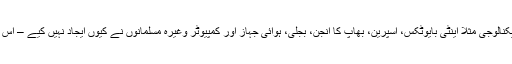
اسی طرح اس بات پر کوئی بحث نہیں ہوتی کہ ٹیکنالوجی مثلاً اینٹی بایوٹکس، اسپرین، بھاپ کا انجن، بجلی، ہوائی جہاز اور کمپیوٹر وغٰیرہ مسلمانوں نے کیوں ایجاد نہیں کیے – اس قسم کے سوال اٹھانا بھی معیوب سمجھا جاتا ہے۔